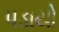
પડાયો